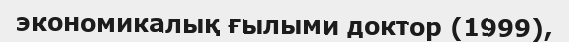
экономикалық ғылыми доктор (1999),